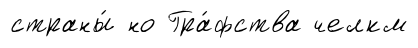
страны́ но Гра́фства челкм